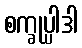
စက္ခုပ္ပါဒါ